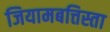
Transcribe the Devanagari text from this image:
जियामबत्तिस्ता